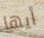
أيها